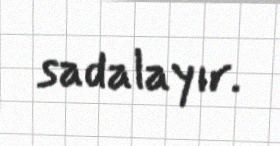
sadalayır.